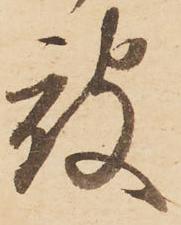
被